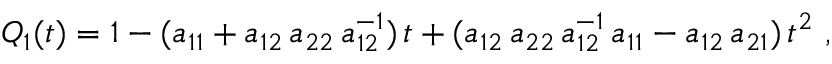
Q _ { 1 } ( t ) = 1 - ( a _ { 1 1 } + a _ { 1 2 } \, a _ { 2 2 } \, a _ { 1 2 } ^ { - 1 } ) \, t + ( a _ { 1 2 } \, a _ { 2 2 } \, a _ { 1 2 } ^ { - 1 } \, a _ { 1 1 } - a _ { 1 2 } \, a _ { 2 1 } ) \, t ^ { 2 } \ ,